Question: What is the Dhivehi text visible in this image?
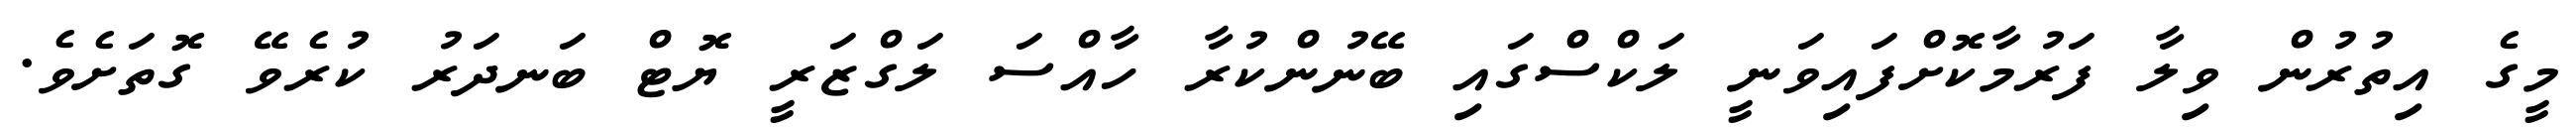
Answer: މީގެ އިތުރުން ވިލާ ފަރުމާކޮށްފައިވަނީ ލަކްސްގައި ބޭނުންކުރާ ހާއްސަ ލަގްޒަރީ ޔޮޓް ބަނދަރު ކުރެވޭ ގޮތަށެވެ.